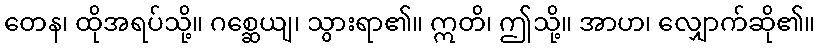
တေန၊ ထိုအရပ်သို့။ ဂစ္ဆေယျ၊ သွားရာ၏။ ဣတိ၊ ဤသို့။ အာဟ၊ လျှောက်ဆို၏။